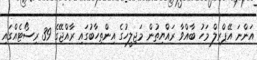
އަންނަ އޭޕްރިލް މަހު ބާއްވާ ރައްޔިތުން މަޖިލީހުގެ އިންތިހާބުގައި ރާއްޖޭގެ 39 ރިސޯޓެއްގައި